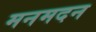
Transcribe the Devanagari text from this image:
मनमदन